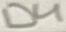
Text: D4